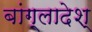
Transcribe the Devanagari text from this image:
बांग्लादेश्